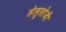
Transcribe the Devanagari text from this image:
सेलूलोजी